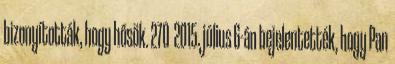
bizonyították, hogy hősök. 270 2015. július 6-án bejelentették, hogy Pan